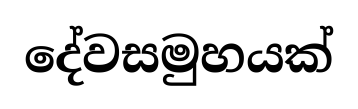
දේවසමුහයක්